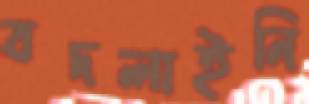
বদলাইনি